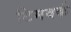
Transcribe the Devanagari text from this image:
टिमवर्क